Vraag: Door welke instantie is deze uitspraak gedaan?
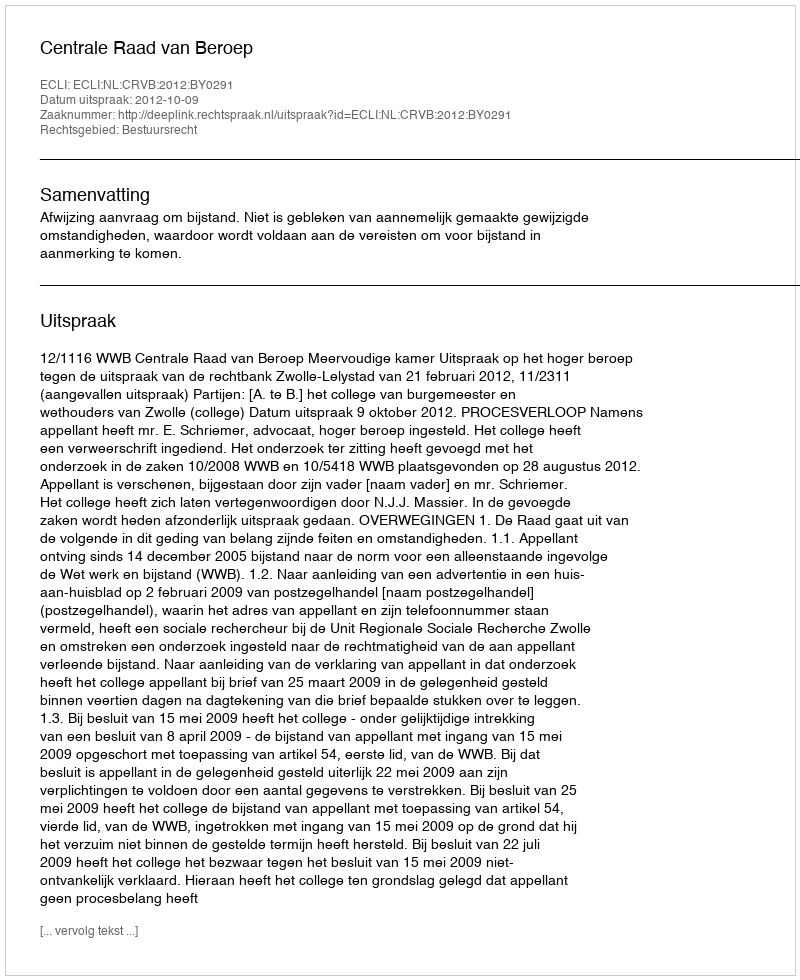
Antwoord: Centrale Raad van Beroep